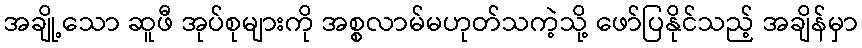
အချို့သော ဆူဖီ အုပ်စုများကို အစ္စလာမ်မဟုတ်သကဲ့သို့ ဖော်ပြနိုင်သည့် အချိန်မှာ